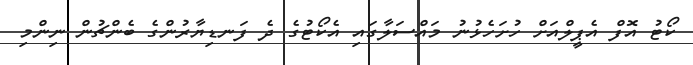
ކޯޓު އޮފް އެޕީލްއަށް ހުށަހެޅުނު މައްސަލާގައި އެކޯޓުގެ ދެ ފަނޑިޔާރުންގެ ބެންޗުން ނިންމި